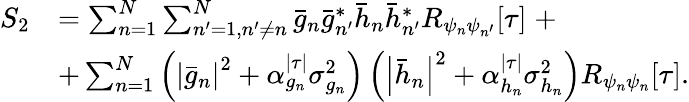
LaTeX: \begin{array}{rl}{S_{2}}&{=\textstyle\sum_{n=1}^{N}\sum_{n^{\prime}=1,n^{\prime}\neq n}^{N}\bar{g}_{n}\bar{g}_{n^{\prime}}^{*}\bar{h}_{n}\bar{h}_{n^{\prime}}^{*}R_{\psi_{n}\psi_{n^{\prime}}}[\tau]\; +}\\ &{+\textstyle\sum_{n=1}^{N}\left(\left|\bar{g}_{n}\right|^{2}+\alpha_{g_{n}}^{|\tau|}\sigma_{g_{n}}^{2}\right)\left(\left|\bar{h}_{n}\right|^{2}+\alpha_{h_{n}}^{|\tau|}\sigma_{h_{n}}^{2}\right)R_{\psi_{n}\psi_{n}}[\tau].}\end{array}